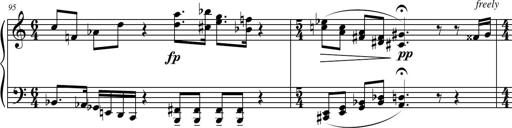
Title: Petite Sonatine
Composer: Richard St. Clair